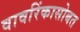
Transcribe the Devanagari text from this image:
वावरिंकासोबत